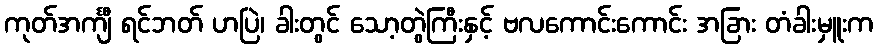
ကုတ်အင်္ကျီ ရင်ဘတ် ဟပြဲ၊ ခါးတွင် သော့တွဲကြီးနှင့် ဗလကောင်းကောင်း အခြား တံခါးမှူးက